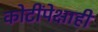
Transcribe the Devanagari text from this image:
कोटींपेक्षाही